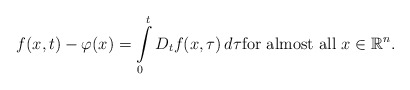
\begin{align*}f(x,t)-\varphi(x)=\int\limits_{0}^{t}D_{t}f(x,\tau)\,d\tau \hbox{for almost all } x \in \mathbb{R}^{n}.\end{align*}